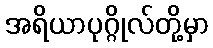
အရိယာပုဂ္ဂိုလ်တို့မှာ